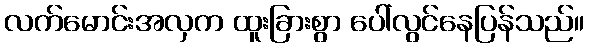
လက်မောင်းအလှက ထူးခြားစွာ ပေါ်လွင်နေပြန်သည်။